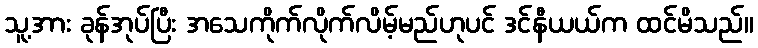
သူ့အား ခုန်အုပ်ပြီး အသေကိုက်လိုက်လိမ့်မည်ဟုပင် ဒင်နီယယ်က ထင်မိသည်။